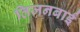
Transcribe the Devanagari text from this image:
तिजनबाई